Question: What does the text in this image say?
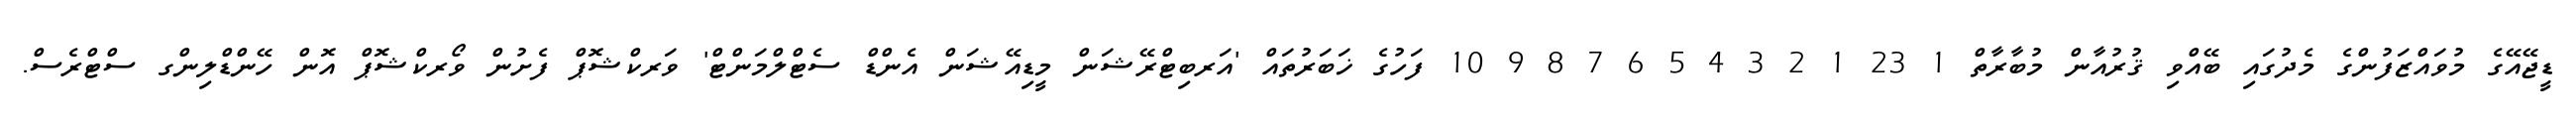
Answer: ޑީޖޭއޭގެ މުވައްޒަފުންގެ މެދުގައި ބޭއްވި ޤުރުއާން މުބާރާތް 1 23 1 2 3 4 5 6 7 8 9 10 ފަހުގެ ޚަބަރުތައް 'އަރބިޓްރޭޝަން މީޑިއޭޝަން އެންޑް ސެޓްލްމަންޓް' ވަރކްޝޮޕް ފެށުން ވޯރކްޝޮޕް އޮން ހޭންޑްލިންގ ސްޓްރެސް.